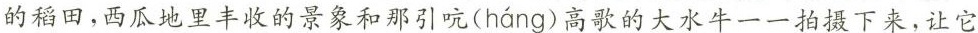
的稻田，西瓜地里丰收的景象和那引吭( háng )高歌的大水牛一一拍摄下来，让它